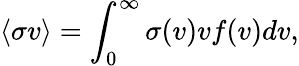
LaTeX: \langle\sigma v\rangle=\int_{0}^{\infty}\sigma(v)vf(v)dv,